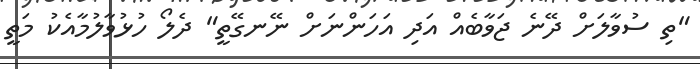
"ތި ސުވާލަށް ދޭނެ ޖަވާބެއް އަދި އަހަންނަށް ނޭނގޭތީ" ދެލޯ ހުޅުވާލުމާއެކު މަތީ